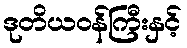
ဒုတိယဝန်ကြီးနှင့်